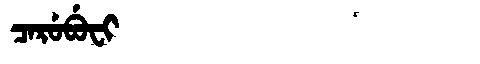
Manchu: ᠴᠠᡵᡠᠪᡠᠸᡳ
Romanization: CARUBUFI